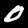
Label: 0